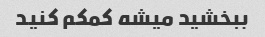
ببخشید میشه کمکم کنید